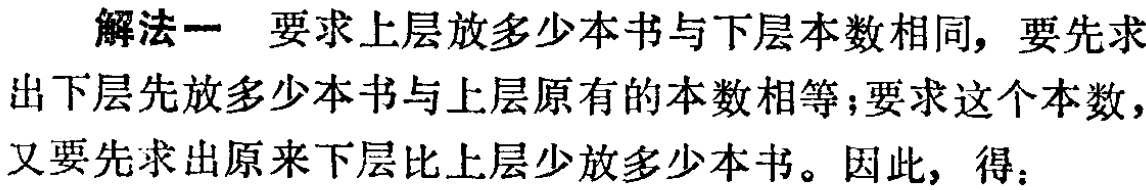
解法一 要求上层放多少本书与下层本数相同，要先求出下层先放多少本书与上层原有的本数相等;要求这个本数，又要先求出原来下层比上层少放多少本书。因此，得：